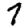
Digit: 7